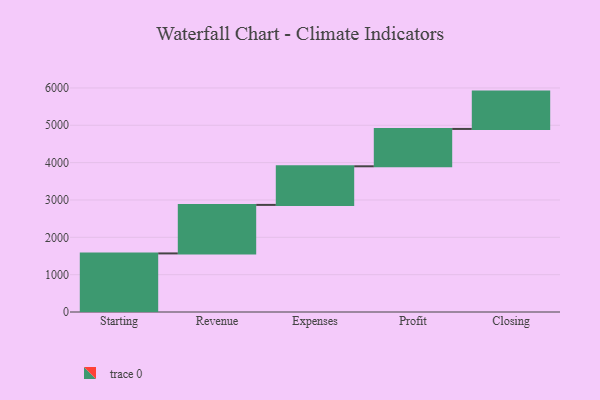
{"axis": {"x": "Step", "y": "Value"}, "legend": [""], "data": [{"x": "Starting", "y": 1569.0, "type": ""}, {"x": "Revenue", "y": 1299.0, "type": ""}, {"x": "Expenses", "y": 1034.0, "type": ""}, {"x": "Profit", "y": 1000, "type": ""}, {"x": "Closing", "y": 1000, "type": ""}]}